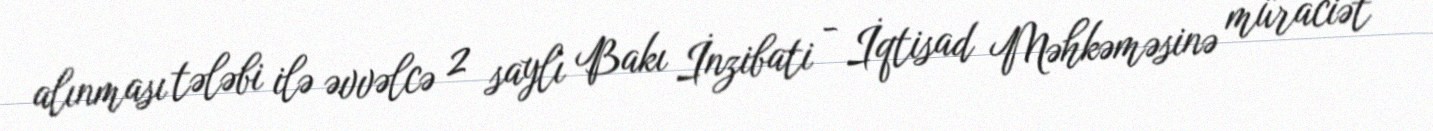
alınması tələbi ilə əvvəlcə 2 saylı Bakı İnzibati - İqtisad Məhkəməsinə müraciət